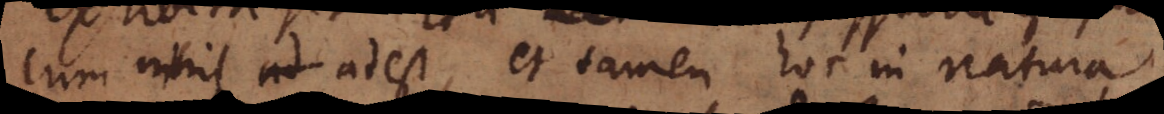
cum nihil adest, et tamen hoc in natura